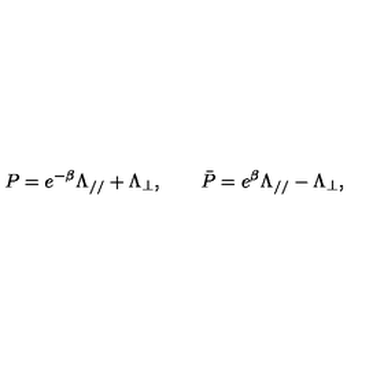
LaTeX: P = e ^ { - \beta } \Lambda _ { / / } + \Lambda _ { \bot } , \qquad \bar { P } = e ^ { \beta } \Lambda _ { / / } - \Lambda _ { \bot } ,